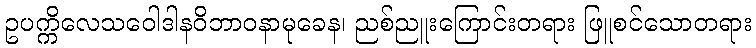
ဥပက္ကိလေသဝေါဒါနဝိဘာဝနာမုခေန၊ ညစ်ညူးကြောင်းတရား ဖြူစင်သောတရား